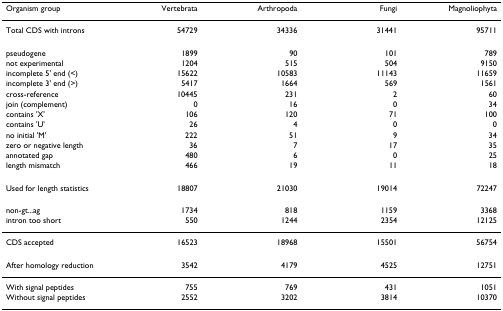
<table><thead><tr><td><b>Organism group</b></td><td><b>Vertebrata</b></td><td><b>Arthropoda</b></td><td><b>Fungi</b></td><td><b>Magnoliophyta</b></td></tr></thead><tbody><tr><td>Total CDS with introns</td><td>54729</td><td>34336</td><td>31441</td><td>95711</td></tr><tr><td>pseudogene</td><td>1899</td><td>90</td><td>101</td><td>789</td></tr><tr><td>not experimental</td><td>1204</td><td>515</td><td>504</td><td>9150</td></tr><tr><td>incomplete 5&#x27; end (&lt;)</td><td>15622</td><td>10583</td><td>11143</td><td>11659</td></tr><tr><td>incomplete 3&#x27; end (&gt;)</td><td>5417</td><td>1664</td><td>569</td><td>1561</td></tr><tr><td>cross-reference</td><td>10445</td><td>231</td><td>2</td><td>60</td></tr><tr><td>join (complement)</td><td>0</td><td>16</td><td>0</td><td>34</td></tr><tr><td>contains &#x27;X&#x27;</td><td>106</td><td>120</td><td>71</td><td>100</td></tr><tr><td>contains &#x27;U&#x27;</td><td>26</td><td>4</td><td>0</td><td>0</td></tr><tr><td>no initial &#x27;M&#x27;</td><td>222</td><td>51</td><td>9</td><td>34</td></tr><tr><td>zero or negative length</td><td>36</td><td>7</td><td>17</td><td>35</td></tr><tr><td>annotated gap</td><td>480</td><td>6</td><td>0</td><td>25</td></tr><tr><td>length mismatch</td><td>466</td><td>19</td><td>11</td><td>18</td></tr><tr><td>Used for length statistics</td><td>18807</td><td>21030</td><td>19014</td><td>72247</td></tr><tr><td>non-gt...ag</td><td>1734</td><td>818</td><td>1159</td><td>3368</td></tr><tr><td>intron too short</td><td>550</td><td>1244</td><td>2354</td><td>12125</td></tr><tr><td>CDS accepted</td><td>16523</td><td>18968</td><td>15501</td><td>56754</td></tr><tr><td>After homology reduction</td><td>3542</td><td>4179</td><td>4525</td><td>12751</td></tr><tr><td>With signal peptides</td><td>755</td><td>769</td><td>431</td><td>1051</td></tr><tr><td>Without signal peptides</td><td>2552</td><td>3202</td><td>3814</td><td>10370</td></tr></tbody></table>